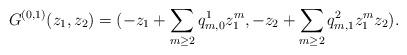
LaTeX: \begin{align*}G^{(0,1)}(z_1,z_2)=(-z_1+\sum_{m\geq 2} q^1_{m,0}z_1^m, -z_2+\sum_{m\geq 2} q^2_{m,1}z_1^m z_2).\end{align*}